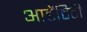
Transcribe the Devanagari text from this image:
आडेंटिटी